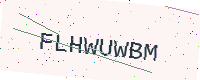
Text: FLHWUWBM